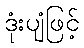
ဒုံးပျံဖြင့်